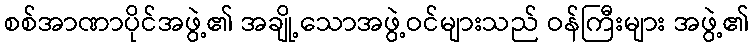
စစ်အာဏာပိုင်အဖွဲ့၏ အချို့သောအဖွဲ့ဝင်များသည် ဝန်ကြီးများ အဖွဲ့၏